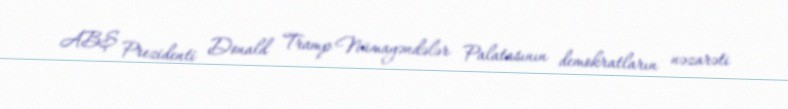
ABŞ Prezidenti Donald Tramp Nümayəndələr Palatasının demokratların nəzarəti